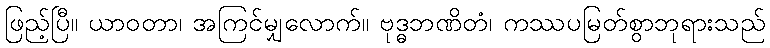
ဖြည့်ပြီ။ ယာဝတာ၊ အကြင်မျှလောက်။ ဗုဒ္ဓဘဏိတံ၊ ကဿပမြတ်စွာဘုရားသည်